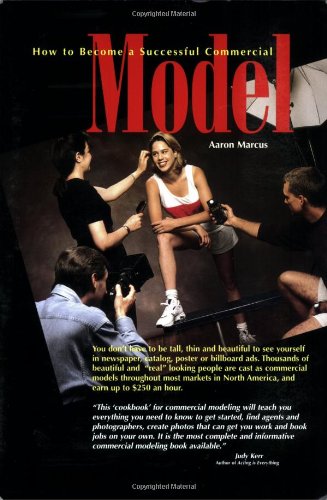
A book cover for How to Become a Successful Commercial Model: The Complete Commercial Modeling Handbook; Aaron R. Marcus; Arts & Photography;